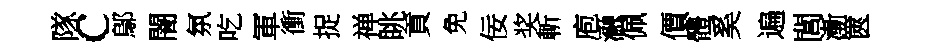
隊c鄔闇氛吃軍衝捉禅眺貢免佞奖斬庖瀜佩價體奚遍閭漸篋